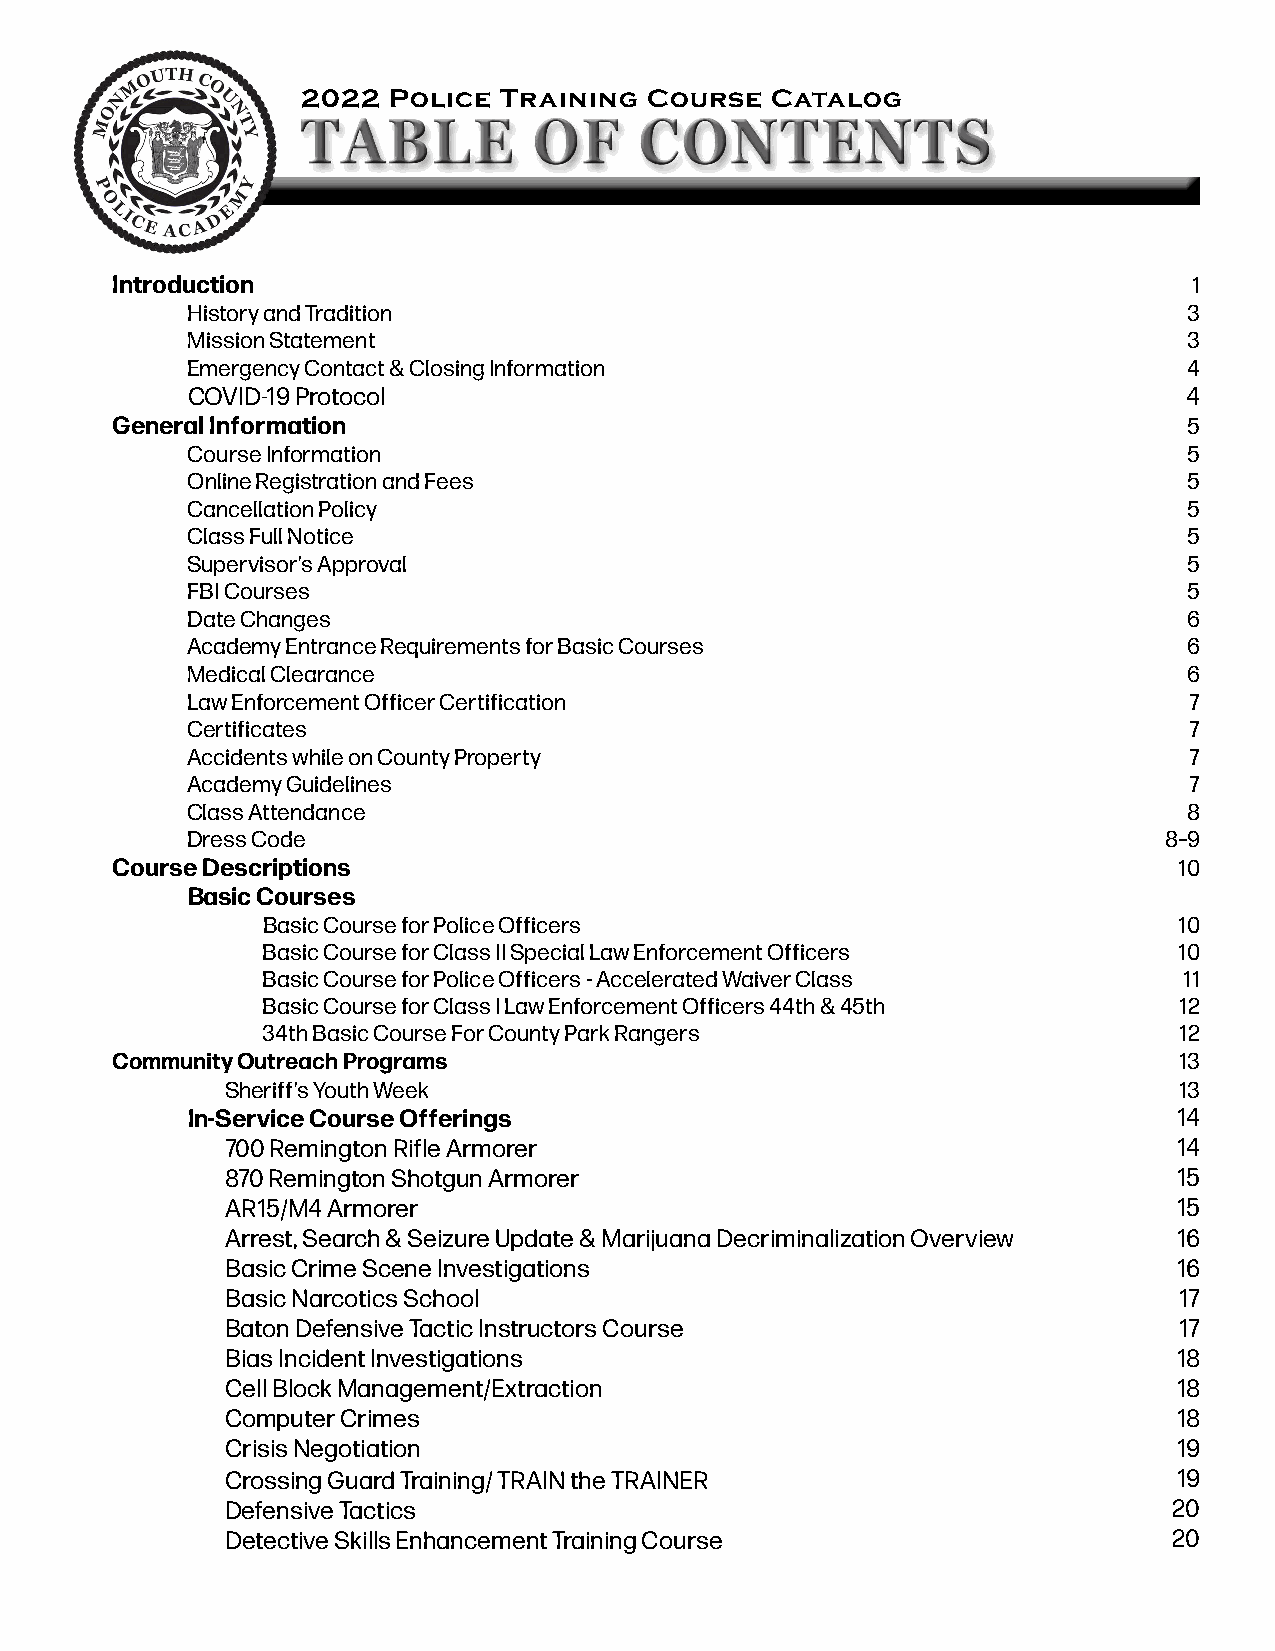
2022  Police Training  Course  Catalog
 Introduction                                                            1
 History and Tradition                                              3
 Mission Statement                                                  3
 Emergency Contact & Closing Information                            4
 COVID-19 Protocol                                                  4
 General Information                                                     5
 Course Information                                                 5
 Online Registration and Fees                                       5
 Cancellation Policy                                                5
 Class Full Notice                                                  5
 Supervisor’s Approval                                              5
 FBI Courses                                                        5
 Date Changes                                                       6
 Academy Entrance Requirements for Basic Courses                    6
 Medical Clearance                                                  6
 Law Enforcement Officer Certification                              7
 Certificates                                                       7
 Accidents while on County Property                                 7
 Academy Guidelines                                                 7
 Class Attendance                                                   8
 Dress Code                                                       8–9
 Course Descriptions                                                    10
 Basic Courses
 Basic Course for Police Officers                             10
 Basic Course for Class II Special Law Enforcement Officers   10
 Basic Course for Police Officers - Accelerated Waiver Class  11
 Basic Course for Class I Law Enforcement Officers 44th & 45th 12
 34th Basic Course For County Park Rangers                    12
 Community Outreach Programs                                            13
 Sheriff’s Youth Week                                           13
 In-Service Course Offerings                                       14
 700 Remington Rifle Armorer                                    14
 870 Remington Shotgun Armorer                                  15
 AR15/M4 Armorer                                                15
 Arrest, Search & Seizure Update & Marijuana Decriminalization Overview 16
 Basic Crime Scene Investigations                               16
 Basic Narcotics School                                         17
 Baton Defensive Tactic Instructors Course                      17
 Bias Incident Investigations                                   18
 Cell Block Management/Extraction                               18
 Computer Crimes                                                18
 Crisis Negotiation                                             19
 Crossing Guard Training/ TRAIN the TRAINER                     19
 Defensive Tactics                                              20
 Detective Skills Enhancement Training Course                   20